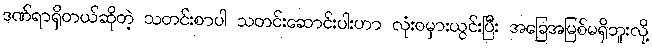
ဒဏ်ရာရှိတယ်ဆိုတဲ့ သတင်းစာပါ သတင်းဆောင်းပါးဟာ လုံးဝမှားယွင်းပြီး အခြေအမြစ်မရှိဘူးလို့